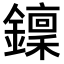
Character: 𨮍